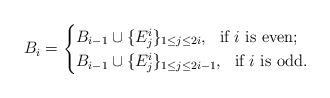
LaTeX: \begin{align*}B_i= \begin{cases} B_{i-1}\cup \{E^i_j\}_{1\le j\le 2i },\ \ \mbox{if $i$ is even}; \\B_{i-1}\cup \{E^i_j\}_{1\le j\le 2i-1},\ \ \mbox{if $i$ is odd} . \end{cases} \end{align*}